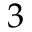
3